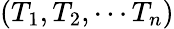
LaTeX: \left(T_{1},T_{2},\cdots T_{n}\right)